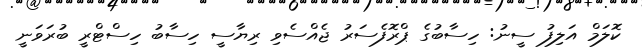
ކޮލަމް އަލިފު ސީނު: ހިސާބުގެ ޕްރޮފެސަރު ޖެއްސެވި ރިޔާސީ ހިސާބު ހިސްޓްރީ ބުރަވަނީ